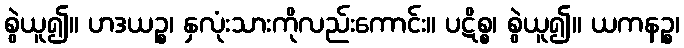
စွဲယူ၍။ ဟဒယဉ္စ၊ နှလုံးသားကိုလည်းကောင်း။ ပဋိစ္စ၊ စွဲယူ၍။ ယကနဉ္စ၊